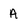
Character: A